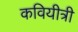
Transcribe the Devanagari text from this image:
कवियीत्री